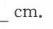
\(_\text{cm}.\)